Indian journal of veterinary science and animal husbandry - Volume 8,
Year: 1938
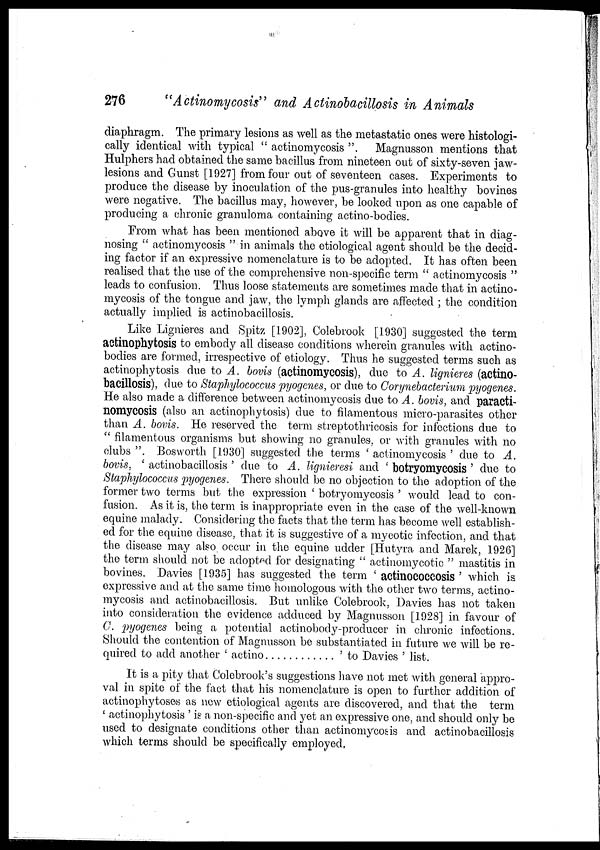
276
"Actinomycosis" and Actinobacillosis in Animals
diaphragm. The primary lesions as well as the metastatic ones were histologi-
cally identical with typical " actinomycosis ". Magnusson mentions that
Hulphers had obtained the same bacillus from nineteen out of sixty-seven jaw-
lesions and Gunst [1927] from four out of seventeen cases. Experiments to
produce the disease by inoculation of the pus-granules into healthy bovines
were negative. The bacillus may, however, be looked upon as one capable of
producing a chronic granuloma containing actino-bodies.
From what has been mentioned above it will be apparent that in diag-
nosing " actinomycosis " in animals the etiological agent should be the decid-
ing factor if an expressive nomenclature is to be adopted. It has often been
realised that the use of the comprehensive non-specific term " actinomycosis "
leads to confusion. Thus loose statements are sometimes made that in actino-
mycosis of the tongue and jaw, the lymph glands are affected ; the condition
actually implied is actinobacillosis.
Like Lignieres and Spitz [1902], Colebrook [1930] suggested the term
actinophytosis to embody all disease conditions wherein granules with actino¬
bodies are formed, irrespective of etiology. Thus he suggested terms such as
actinophytosis due to A. bovis (actinomycosis), due to A. lignieres (actino-
bacillosis), due to Staphylococcus pyogenes, or due to Corynebacterium pyogenes.
He also made a difference between actinomycosis due to A. bovis, and paracti¬
nomycosis (also an actinophytosis) due to filamentous micro-parasites other
than A. bovis. He reserved the term streptothricosis for infections due to
" filamentous organisms but showing no granules, or with granules with no
clubs ". Bosworth [1930] suggested the terms ' actinomycosis ' due to A.
bovis, ' actinobacillosis ' due to A. lignieresi and ' botryomycosis ' due to
Staphylococcus pyogenes. There should be no objection to the adoption of the
former two terms but the expression ' botryomycosis ' would lead to con-
fusion. As it is, the term is inappropriate even in the case of the well-known
equine malady. Considering the facts that the term has become well establish-
ed for the equine disease, that it is suggestive of a mycotic infection, and that
the disease may also occur in the equine udder [Hutyra and Marek, 1926]
the term should not be adopted for designating " actinomycotic " mastitis in
bovines. Davies [1935] has suggested the term ' actinococcosis ' which is
expressive and at the same time homologous with the other two terms, actino-
mycosis and actinobacillosis. But unlike Colebrook, Davies has not taken
into consideration the evidence adduced by Magnusson [1928] in favour of
C. pyogenes being a potential actinobody-producer in chronic infections.
Should the contention of Magnusson be substantiated in future we will be re-
quired to add another ' actino
'to Davies ' list.
It is a pity that Colebrook's suggestions have not met with general appro-
val in spite of the fact that his nomenclature is open to further addition of
actinophytoses as new etiological agents are discovered, and that the term
' actinophytosis ' is a non-specific and yet an expressive one, and should only be
used to designate conditions other than actinomycosis and actinobacillosis
which terms should be specifically employed,